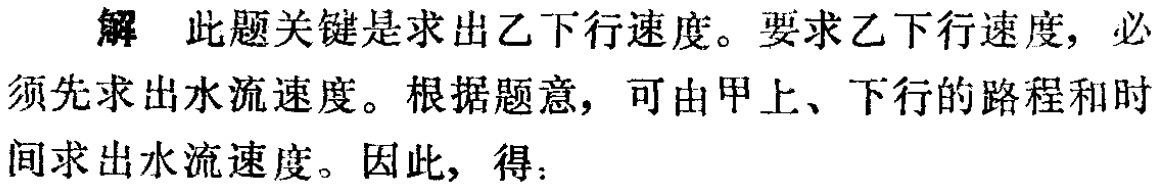
解 此题关键是求出乙下行速度。要求乙下行速度，必须先求出水流速度。根据题意，可由甲上、下行的路程和时间求出水流速度。因此，得：